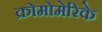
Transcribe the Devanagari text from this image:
क्रोमोमेरिके